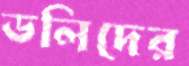
ডলিদের